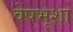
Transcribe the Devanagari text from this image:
वेषभूशा